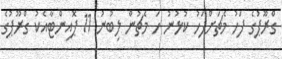
ގްރޫޕުގެ ފަހު މެޗަށްފަހު ކުޅުނު ހަ މެޗުން ލިބުނު 11 ޕޮއިންޓާއެކު ގްރޫޕުގެ